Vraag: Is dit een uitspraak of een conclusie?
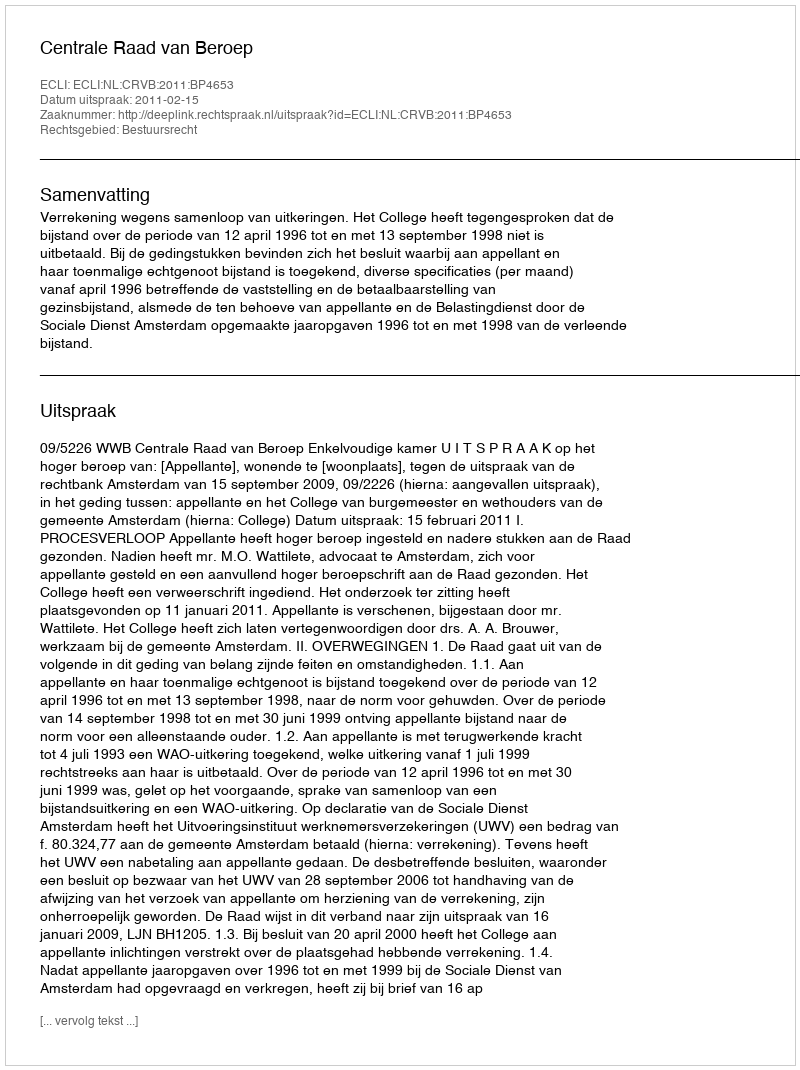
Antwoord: Uitspraak